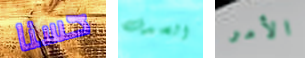
حسنا الصدف الأمر